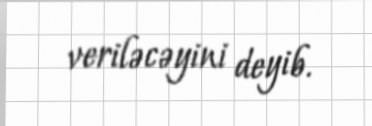
veriləcəyini deyib.